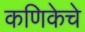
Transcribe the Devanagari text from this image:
कणिकेचे